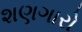
શણગારો